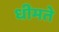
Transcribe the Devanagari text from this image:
धीमते